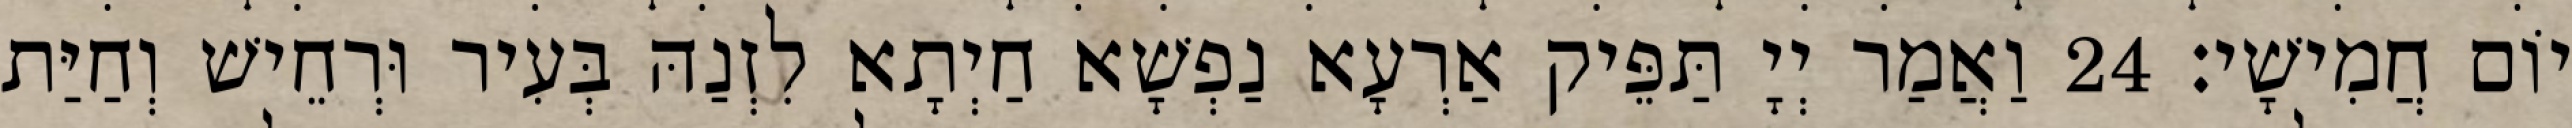
יוֹם חֲמִישָׁי׃ 24 וַאֲמַר יְיָ תַּפֵּיק אַרְעָא נַפְשָׁא חַיְתָא לִזְנַהּ בְּעִיר וּרְחֵישׁ וְחַיַּת